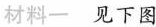
材料一 见下图